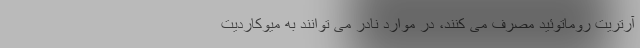
آرتریت روماتوئید مصرف می کنند، در موارد نادر می توانند به میوکاردیت